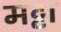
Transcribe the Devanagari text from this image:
मट्टा